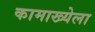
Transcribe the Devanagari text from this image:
कामाख्येला